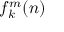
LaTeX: f _ { k } ^ { m } ( n )